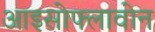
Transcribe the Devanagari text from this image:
आइसोफ्लावोन